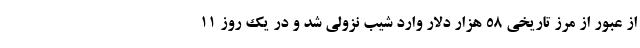
از عبور از مرز تاریخی 58 هزار دلار وارد شیب نزولی شد و در یک روز 11